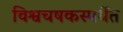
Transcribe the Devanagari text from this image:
विश्वचषकस्पर्धेत